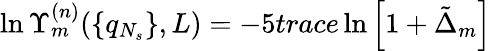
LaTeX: \ln\Upsilon_{m}^{(n)}(\{ q_{N_{s}}\} ,L)=-5trace\ln\left[1+\tilde{\Delta}_{m}\right]